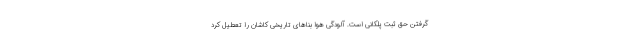
گرفتن حق ثبت پلکانی است. آلودگی هوا بناهای تاریخی کاشان را تعطیل کرد